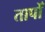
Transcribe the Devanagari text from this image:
तापोँ